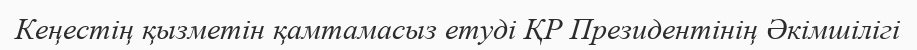
Кеңестің қызметін қамтамасыз етуді ҚР Президентінің Әкімшілігі